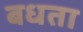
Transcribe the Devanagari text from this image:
बधता